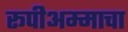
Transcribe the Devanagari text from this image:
रूपीअम्माचा